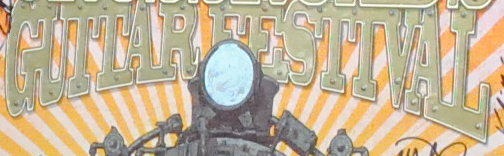
GUITAR FESTIVAL